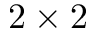
2 \times 2